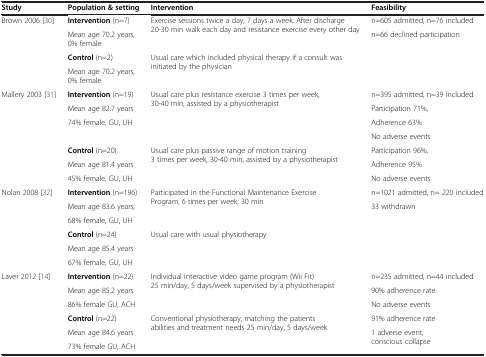
<table><thead><tr><td><b>Study</b></td><td><b>Population &amp; setting</b></td><td><b>Intervention</b></td><td><b>Feasibility</b></td></tr></thead><tbody><tr><td rowspan="2">Brown 2006 [30]</td><td><b>Intervention</b> (n=7)</td><td rowspan="2">Exercise sessions twice a day, 7 days a week. After discharge 20-30 min walk each day and resistance exercise every other day</td><td>n=605 admitted, n=76 included</td></tr><tr><td>Mean age 70.2 years, 0% female</td><td>n=66 declined participation</td></tr><tr><td rowspan="2"> </td><td><b>Control</b> (n=2)</td><td rowspan="2">Usual care which included physical therapy if a consult was initiated by the physician</td><td rowspan="2"> </td></tr><tr><td>Mean age 70.2 years, 0% female</td></tr><tr><td rowspan="4">Mallery 2003 [31]</td><td><b>Intervention</b> (n=19)</td><td rowspan="4">Usual care plus resistance exercise 3 times per week, 30-40 min, assisted by a physiotherapist</td><td>n=395 admitted, n=39 included</td></tr><tr><td>Mean age 82.7 years</td><td>Participation 71%,</td></tr><tr><td rowspan="2">74% female, GU, UH</td><td>Adherence 63%</td></tr><tr><td>No adverse events</td></tr><tr><td rowspan="3"> </td><td><b>Control</b> (n=20)</td><td rowspan="3">Usual care plus passive range of motion training 3 times per week, 30-40 min, assisted by a physiotherapist</td><td>Participation 96%,</td></tr><tr><td>Mean age 81.4 years</td><td>Adherence 95%</td></tr><tr><td>45% female, GU, UH</td><td>No adverse events</td></tr><tr><td rowspan="3">Nolan 2008 [32]</td><td><b>Intervention</b> (n=196)</td><td rowspan="3">Participated in the Functional Maintenance Exercise Program, 6 times per week, 30 min</td><td>n=1021 admitted, n= 220 included</td></tr><tr><td>Mean age 83.6 years,</td><td rowspan="2">33 withdrawn</td></tr><tr><td>68% female, GU, UH</td></tr><tr><td rowspan="3"> </td><td><b>Control</b> (n=24)</td><td rowspan="3">Usual care with usual physiotherapy</td><td rowspan="3"> </td></tr><tr><td>Mean age 85.4 years</td></tr><tr><td>67% female, GU, UH</td></tr><tr><td rowspan="3">Laver 2012 [14]</td><td><b>Intervention</b> (n=22)</td><td rowspan="3">Individual interactive video game program (Wii Fit) 25 min/day, 5 days/week supervised by a physiotherapist</td><td>n=235 admitted, n=44 included</td></tr><tr><td>Mean age 85.2 years</td><td>90% adherence rate</td></tr><tr><td>86% female GU, ACH</td><td>No adverse events</td></tr><tr><td rowspan="3"> </td><td><b>Control</b> (n=22)</td><td rowspan="3">Conventional physiotherapy, matching the patients abilities and treatment needs 25 min/day, 5 days/week</td><td>91% adherence rate</td></tr><tr><td>Mean age 84.6 years</td><td rowspan="2">1 adverse event, conscious collapse</td></tr><tr><td>73% female GU, ACH</td></tr></tbody></table>